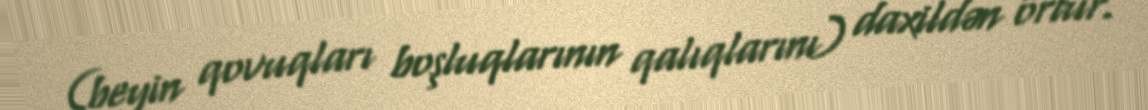
(beyin qovuqları boşluqlarının qalıqlarını) daxildən örtür.